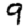
Digit: 9